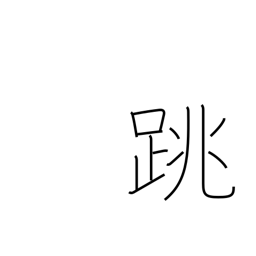
Meaning: leap up